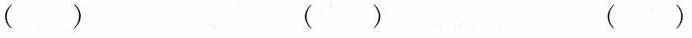
（ ） （ ） （ ）